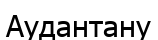
Аудантану